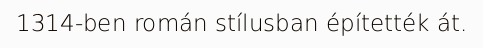
1314-ben román stílusban építették át.